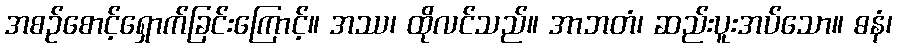
အစဉ်စောင့်ရှောက်ခြင်းကြောင့်။ အဿ၊ ထိုလင်သည်။ အာဘတံ၊ ဆည်းပူးအပ်သော။ ဓနံ၊